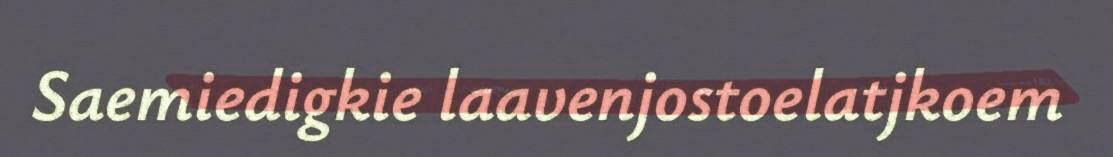
Saemiedigkie laavenjostoelatjkoem